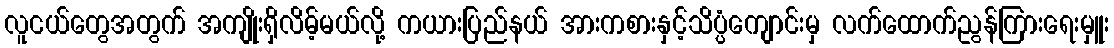
လူငယ်တွေအတွက် အကျိုးရှိလိမ့်မယ်လို့ ကယားပြည်နယ် အားကစားနှင့်သိပ္ပံကျောင်းမှ လက်ထောက်ညွန်ကြားရေးမှူး